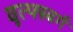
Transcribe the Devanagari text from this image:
वूल्फ्स्बर्ग